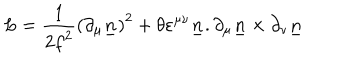
L = { \frac { 1 } { 2 { f } ^ { 2 } } } { ( \partial _ { \mu } { \underline { { n } } } ) } ^ { 2 } + { \theta } { { \varepsilon } ^ { \mu \nu } } { \underline { { n } } } . { \partial _ { \mu } { \underline { { n } } } } \times { \partial _ { \nu } { \underline { { n } } } }